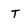
Character: T